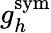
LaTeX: {g}_{h}^{\mathrm{sym}}